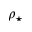
\rho _ { \star }